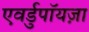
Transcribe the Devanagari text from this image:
एवर्डुपॉयज़ा